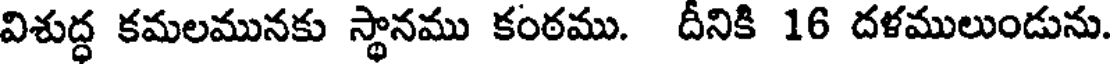
విశుద్ధ కమలమునకు స్థానము కంఠము. దీనికి 16 దళములుండును.